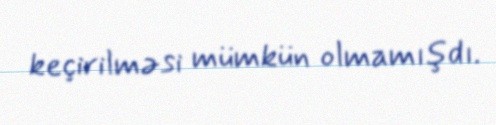
keçirilməsi mümkün olmamışdı.